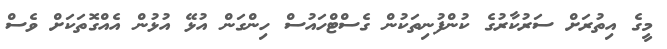
މީގެ އިތުރަށް ސަރުކާރުގެ ކުންފުނިތަކުން ގެސްޓްހައުސް ހިންގަން އުޅޭ އުޅުން އެއްގޮތަކަށް ވެސް